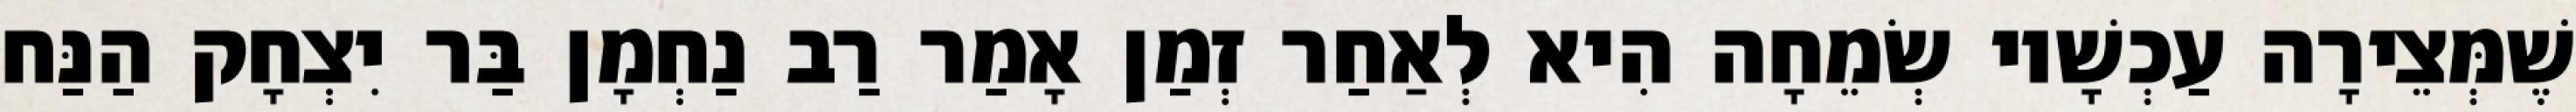
שֶׁמְּצֵירָה עַכְשָׁיו שְׂמֵחָה הִיא לְאַחַר זְמַן אָמַר רַב נַחְמָן בַּר יִצְחָק הַנַּח